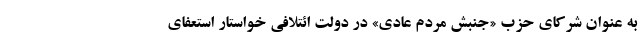
به عنوان شرکای حزب «جنبش مردم عادی» در دولت ائتلافی خواستار استعفای